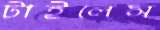
টাইলেস